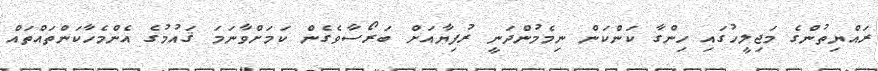
ރައްޔިތުންގެ މަޖިލީހުގައި ހިންގާ ކަންކަން ނިމެމުންދަނީ ރުފިޔާއަށް ބަރޯސާވެގެން ކަމަށްވާނަމަ ޤައުމުގެ އެންމެހާކަންތައްތައް